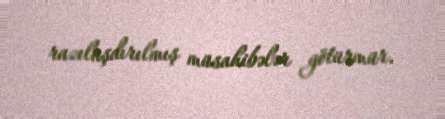
razılaşdırılmış müsahibələr götürmür.